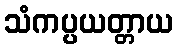
သံကပ္ပယတ္တာယ